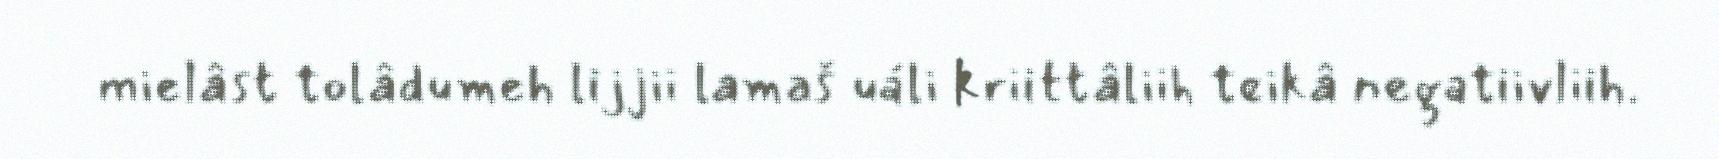
mielâst tolâdumeh lijjii lamaš uáli kriittâliih teikâ negatiivliih.